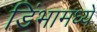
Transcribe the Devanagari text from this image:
डिंभामध्ये